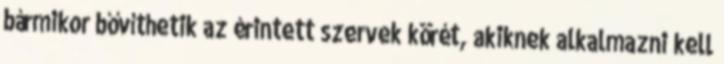
bármikor bővíthetik az érintett szervek körét, akiknek alkalmazni kell